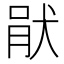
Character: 𤞣